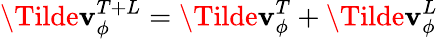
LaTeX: \Tilde{\mathbf{v}}_{\phi}^{T+L}=\Tilde{\mathbf{v}}_{\phi}^{T}+\Tilde{\mathbf{v}}_{\phi}^{L}